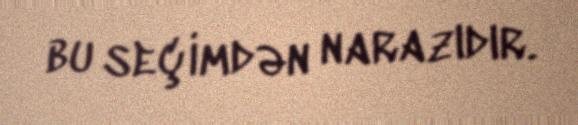
bu seçimdən narazıdır.